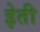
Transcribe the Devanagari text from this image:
इेती